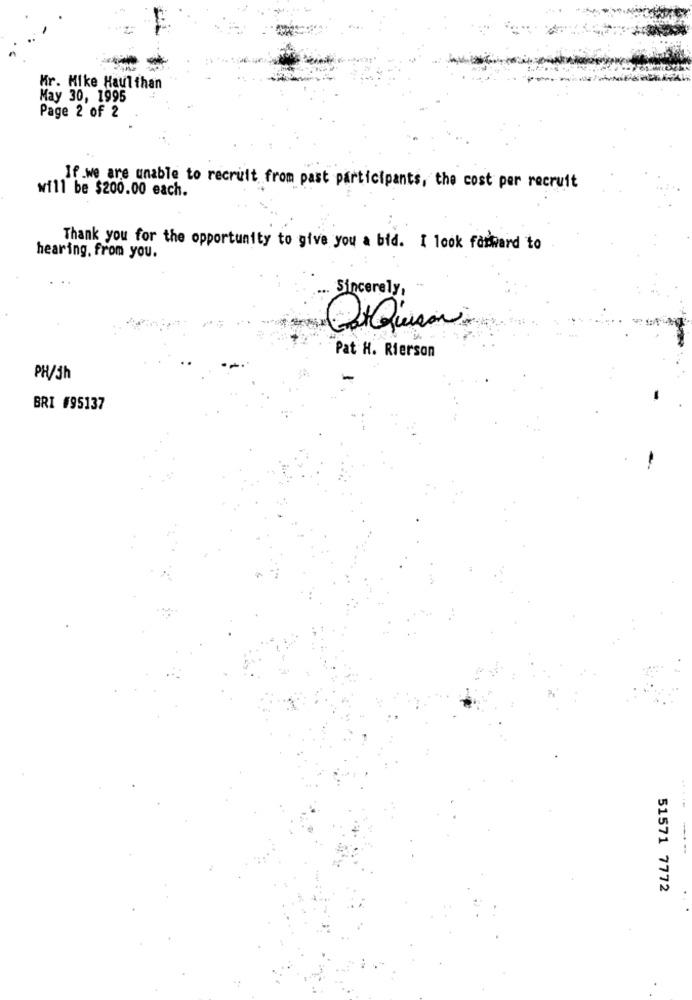
Mr. Mike Haulthan
May 30, 1995
Page 2 of 2
If.we are unable to recruit from past participants, the cost per recruit
will be $200.00 each.
Thank you for the opportunity to give you a bid. I look forward to
hearing, from you.
Sincerely,
Pat H. Rierson
PH/5h
BRI #95137
51571 7772